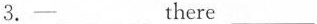
3.-___there ___